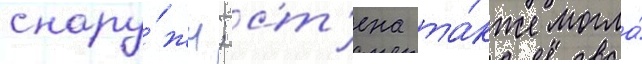
снару́жи; ст'ена та́кже могла́